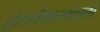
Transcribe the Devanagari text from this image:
ह्यणीयान्महतो